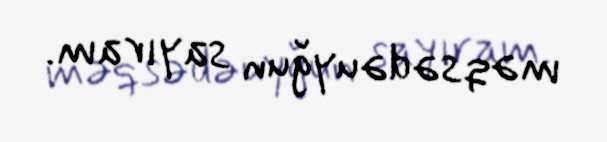
məqsədəuyğun sayıram.